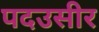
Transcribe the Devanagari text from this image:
पदउसीर